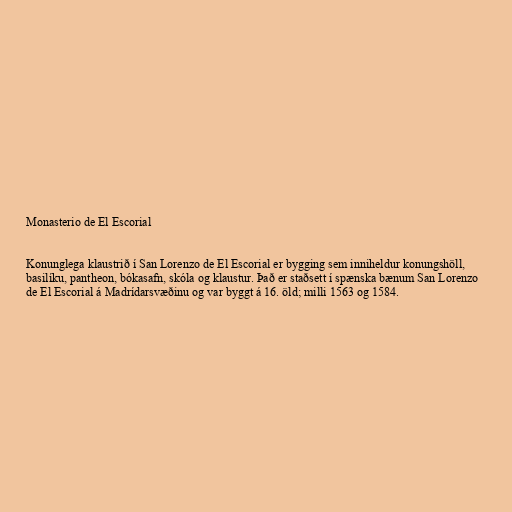
Monasterio de El Escorial

Konunglega klaustrið í San Lorenzo de El Escorial er bygging sem inniheldur konungshöll,
basilíku, pantheon, bókasafn, skóla og klaustur. Það er staðsett í spænska bænum San Lorenzo
de El Escorial á Madrídarsvæðinu og var byggt á 16. öld; milli 1563 og 1584.